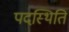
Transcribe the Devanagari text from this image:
पदस्थिति